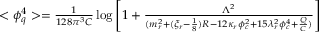
\begin{array} { l } { { < \phi _ { q } ^ { 4 } > = \frac 1 { 1 2 8 \pi ^ { 3 } C } \log \left[ 1 + \frac { \Lambda ^ { 2 } } { ( m _ { r } ^ { 2 } + ( \xi _ { r } - \frac 1 8 ) R - 1 2 \kappa _ { r } \phi _ { c } ^ { 2 } + 1 5 \lambda _ { r } ^ { 2 } \phi _ { c } ^ { 4 } + \frac Q C ) } \right] } } \end{array}